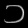
Digit: ၁